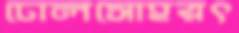
ঢোলসোহরৎ